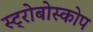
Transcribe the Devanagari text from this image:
स्ट्रोबोस्कोप